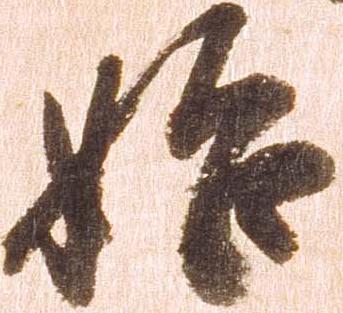
始